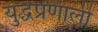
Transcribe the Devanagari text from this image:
युद्धप्रणाली